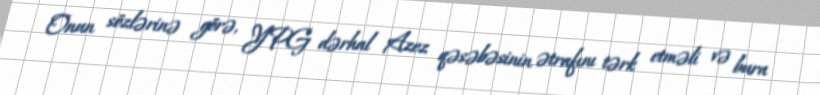
Onun sözlərinə görə, YPG dərhal Azez qəsəbəsinin ətrafını tərk etməli və bura